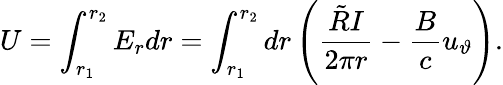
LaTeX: U=\int_{r_{1}}^{r_{2}}E_{r}dr=\int_{r_{1}}^{r_{2}}dr\left(\frac{\tilde{R}I}{2\pi r}-\frac{B}{c}u_{\vartheta}\right).